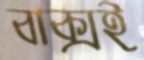
বাক্সই